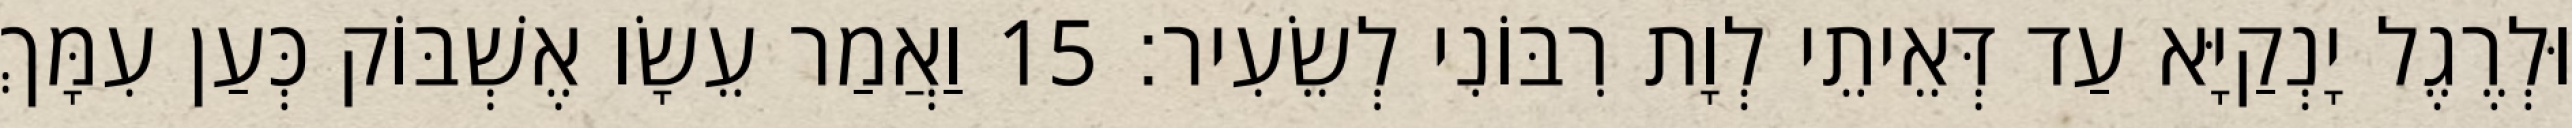
וּלְרֶגֶל יָנְקַיָּא עַד דְּאֵיתֵי לְוָת רִבּוֹנִי לְשֵׂעִיר׃ 15 וַאֲמַר עֵשָׂו אֶשְׁבּוֹק כְּעַן עִמָּךְ